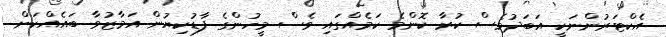
އެކްޓަރުންނަކީ އަބަދުވެސް ކުރާ ކޮންމެ ކަމެއްގައި ވެސް މީހުންގެ ފާޑުކިޔުން އަމާޒުވާ ބައެއްކަން